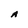
Character: A